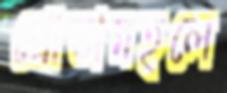
শ্রোতামহলে